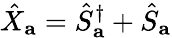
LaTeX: \hat{X}_{\mathbf{a}}=\hat{S}_{\mathbf{a}}^{\dagger}+\hat{S}_{\mathbf{a}}